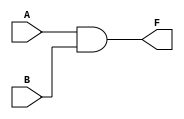
`timescale 1ns / 1ps
//////////////////////////////////////////////////////////////////////////////////
// Company: 
// Engineer: 
// 
// Design Name: 
// Module Name: And_gate
// Project Name: 
// Target Devices: 
// Tool Versions: 
// Description: 
// 
// Dependencies: 
// 
// Revision:
// Revision 0.01 - File Created
// Additional Comments:
// 
//////////////////////////////////////////////////////////////////////////////////


module And_gate(
    input A,B,
    output F
    );
    

    assign F = A&B;
endmodule